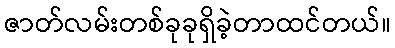
ဇာတ်လမ်းတစ်ခုခုရှိခဲ့တာထင်တယ်။